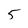
Character: 5